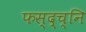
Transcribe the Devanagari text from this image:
फस्द्च्नि